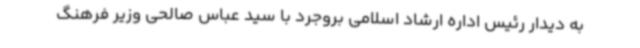
به دیدار رئیس اداره ارشاد اسلامی بروجرد با سید عباس صالحی وزیر فرهنگ